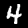
Label: 4